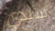
سيدي